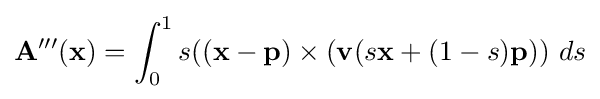
\mathbf {A'''} (\mathbf {x} )=\int _{0}^{1}s((\mathbf {x} -\mathbf {p} )\times (\mathbf {v} (s\mathbf {x} +(1-s)\mathbf {p} ))\ ds